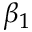
\beta _ { 1 }